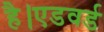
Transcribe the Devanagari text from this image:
है।एडवर्ड